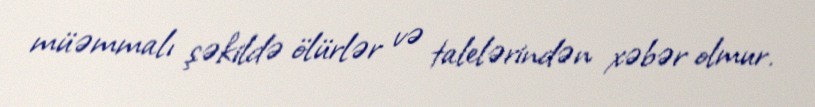
müəmmalı şəkildə ölürlər və talelərindən xəbər olmur.